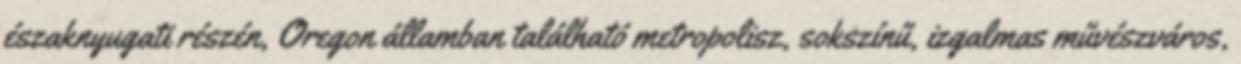
északnyugati részén, Oregon államban található metropolisz, sokszínű, izgalmas művészváros,